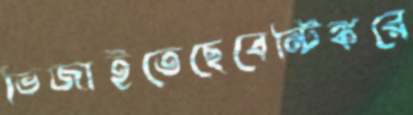
ভিজাইতেছেবেন্টিঙ্করে